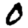
Digit: 0